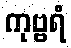
ကုဗ္ဗရံ